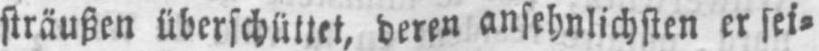
sträußen überschüttet, deren ansehnlichsten er sei⸗